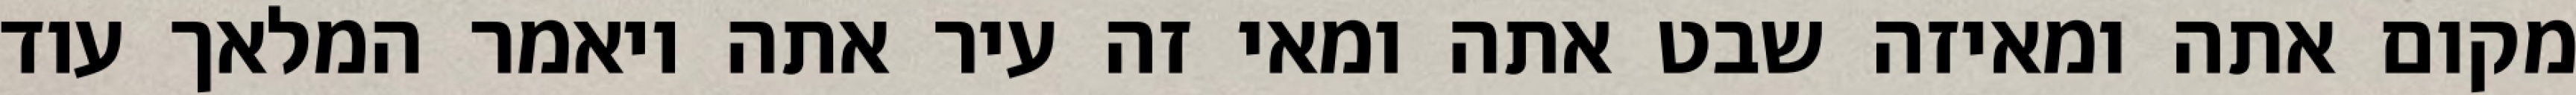
מקום אתה ומאיזה שבט אתה ומאי זה עיר אתה ויאמר המלאך עוד